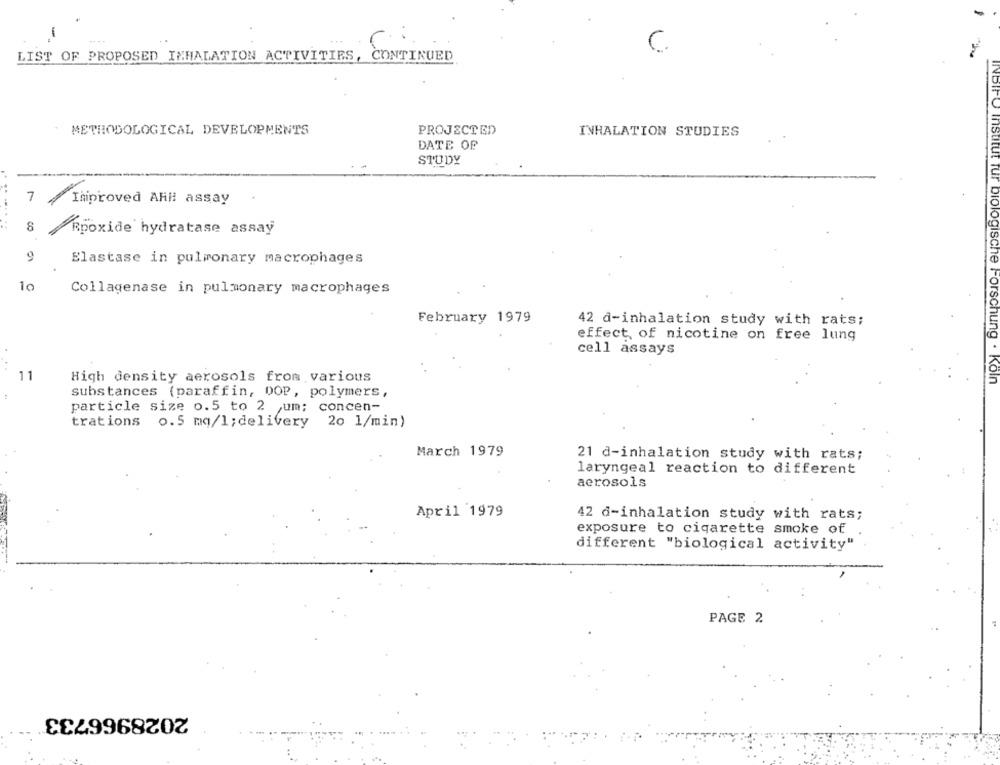
-
..
C.
LIST OF PROPOSED INHALATION ACTIVITIES, CONTINUED
PROJECTED
METHODOLOGICAL DEVELOPMENTS
INHALATION STUDIES
DATE OF
STUDY
INDIFO InSOLUT Tur
7
Iniproved AHH assay
....
8
Rpoxide hydratase assay
9
Elastase in pulmonary macrophages
10
Collagenase in pulmonary macrophages
February 1979
42 d-inhalation study with rats;
effect of nicotine on free lung
cell assays
11
High density aerosols from various
Diologische Forschung . Koln
substances (paraffin, DOP, polymers,
particle size o.5 to 2 um; concen-
trations 0.5 mg/l; delivery 20 1/min)
March 1979
21 d-inhalation study with rats;
laryngeal reaction to different
aerosols
April 1979
42 d-inhalation study with rats;
exposure to cigarette smoke of
different "biological activity"
PAGE 2
2028966733